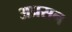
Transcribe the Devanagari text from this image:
अप्रसन